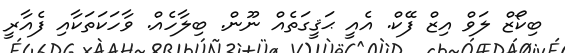
ބިކޯޒް ލަވް އިޒް ފޭކް. އެއީ ޙަޤީގަތެއް ނޫން. ބިލާހެއް. ވާހަކަތަކާއި ފެއާރީ